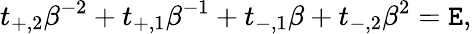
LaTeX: t_{+,2}\beta^{-2}+t_{+,1}\beta^{-1}+t_{-,1}\beta+t_{-,2}\beta^{2}=\mathtt{E},